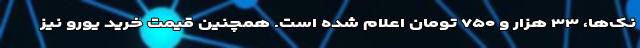
نک‌ها، ۳۳ هزار و ۷۵۰ تومان اعلام شده است. همچنین قیمت خرید یورو نیز